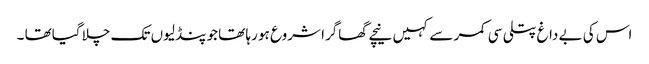
اس کی بے داغ پتلی سی کمر سے کہیں نیچے گھاگرا شروع ہو رہا تھا جو پنڈلیوں تک چلا گیاتھا ۔